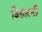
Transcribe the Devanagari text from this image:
डिग्रास्सी